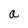
Character: a